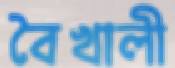
বৈখালী